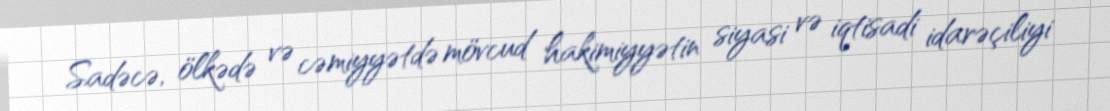
Sadəcə, ölkədə və cəmiyyətdə mövcud hakimiyyətin siyasi və iqtisadi idarəçiliyi